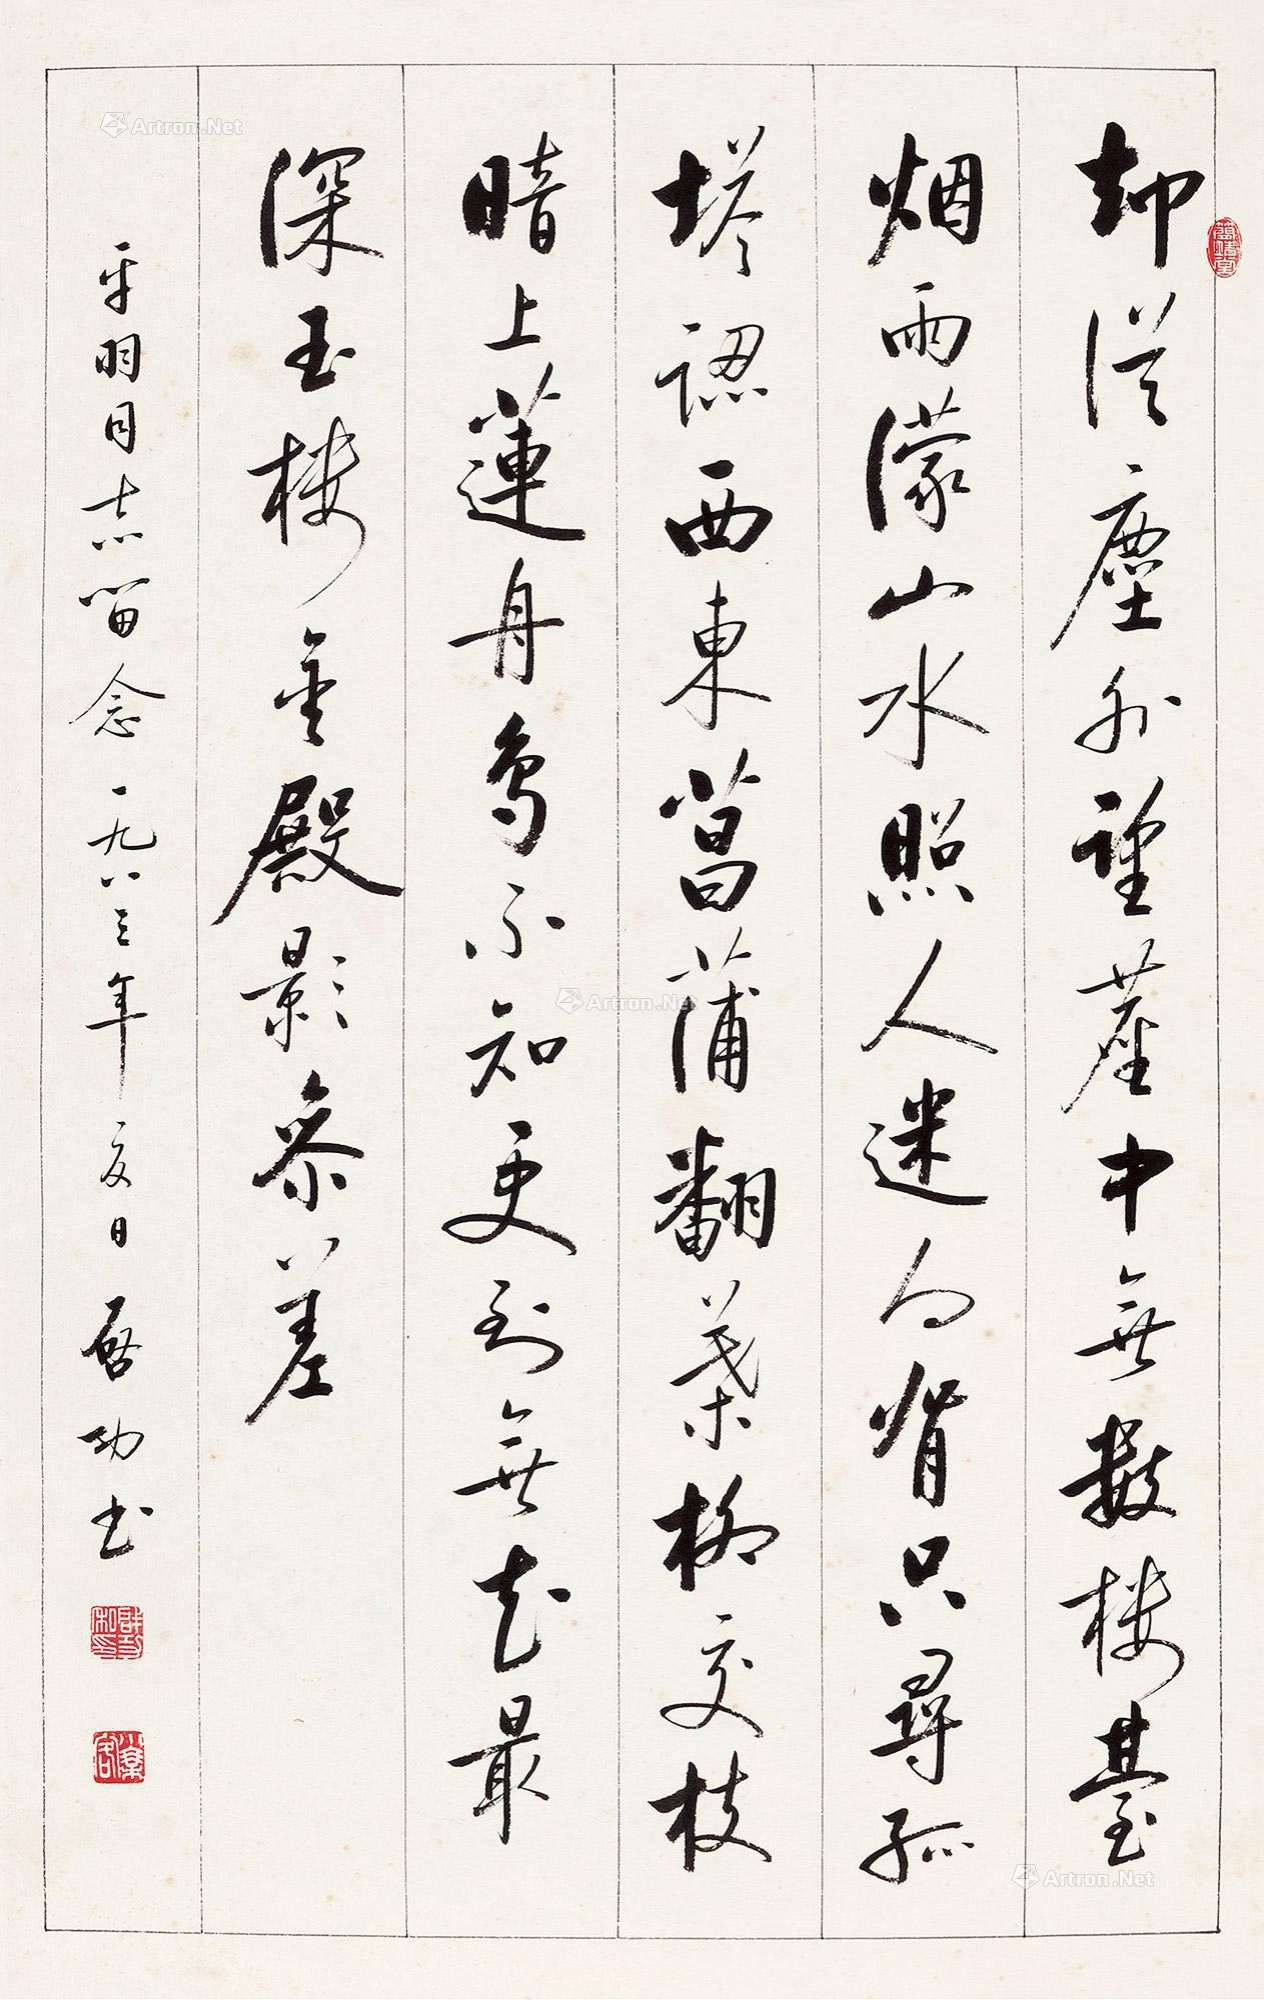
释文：却从尘外望尘中，无限楼台烟雨蒙。山水照人迷向背，只寻孤塔认西东。菖蒲翻叶柳交枝，暗上莲舟鸟不知。更到无花最深，玉楼金殿影参差。平羽同志留念，一九八三年夏日，启功。